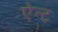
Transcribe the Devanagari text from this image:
ऐन्ट